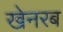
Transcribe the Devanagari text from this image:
खेनरब